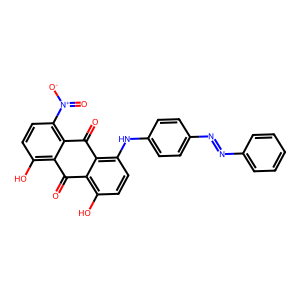
SMILES: O=C1c2c(O)ccc(Nc3ccc(N=Nc4ccccc4)cc3)c2C(=O)c2c([N+](=O)[O-])ccc(O)c21
Inhibits HIV replication: No